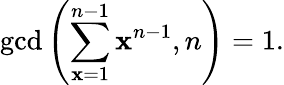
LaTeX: \operatorname*{gcd}\left(\sum_{\mathbf{x}=1}^{n-1}\mathbf{x}^{n-1},n\right)=1.